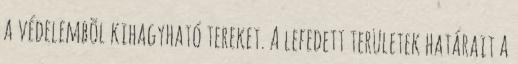
a védelembõl kihagyható tereket. A lefedett területek határait a